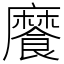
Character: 𩞁